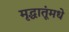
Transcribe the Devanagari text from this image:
मृद्धातूंमधे